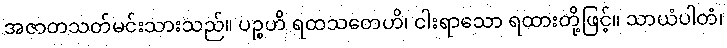
အဇာတသတ်မင်းသားသည်။ ပဉ္စဟိ ရထသတေဟိ၊ ငါးရာသော ရထားတို့ဖြင့်။ သာယံပါတံ၊